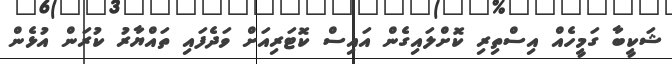
ޝަކީބާ ގަމީހެއް އިސްތިރި ކޮށްލައިގެން އައިސް ކޮޓަރިއަށް ވަދެފައި ތައްޔާރު ކުރަން އުޅެން